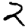
Digit: 2